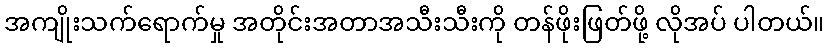
အကျိုးသက်ရောက်မှု အတိုင်းအတာအသီးသီးကို တန်ဖိုးဖြတ်ဖို့ လိုအပ် ပါတယ်။